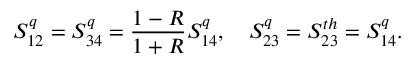
S _ { 1 2 } ^ { q } = S _ { 3 4 } ^ { q } = \frac { 1 - R } { 1 + R } S _ { 1 4 } ^ { q } , \quad S _ { 2 3 } ^ { q } = S _ { 2 3 } ^ { t h } = S _ { 1 4 } ^ { q } .